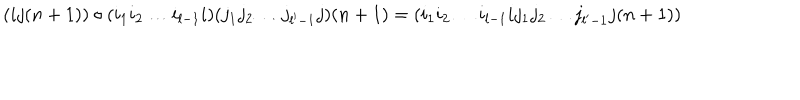
LaTeX: ( i j ( n + 1 ) ) \circ ( i _ { 1 } i _ { 2 } \ldots i _ { l - 1 } i ) ( j _ { 1 } j _ { 2 } \ldots j _ { l ^ { \prime } - 1 } j ) ( n + 1 ) = ( i _ { 1 } i _ { 2 } \ldots i _ { l - 1 } i j _ { 1 } j _ { 2 } \ldots j _ { l ^ { \prime } - 1 } j ( n + 1 ) )